Civil Veterinary Dept. North-West Frontier Province 1901-22 - 1901-1922
Year: 1901
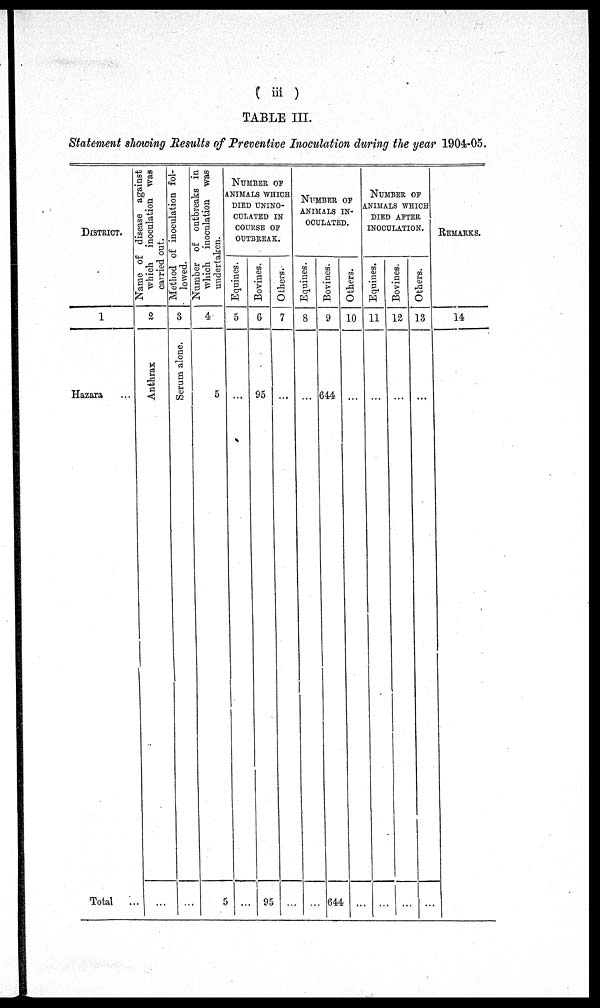
(iii)
TABLE III.
Statement showing Results of Preventive Inoculation during the year 1904-05.
DISTRICT.
1
Hazara ...
Total ...
Name of disease against
which inoculation was
carried out.
2
Anthrax
...
Method of inoculation fol-
lowed.
3
Serum alone.
...
Number of outbreaks in
which inoculation
was
undertaken.
4
5
5
NUMBER OF
ANIMALS WHICH
DIED UNINO-
CULATED IN
COURSE OF
OUTBREAK.
Equines.
5
...
...
Bovines.
6
95
95
Others.
7
...
...
NUMBER OF
ANIMALS IN-
OCULATED.
Equines.
8
...
...
Bovines.
9
644
644
Others.
10
...
...
NUMBER OF
ANIMALS WHICH
DIED AFTER
INOCULATION.
Equines.
11
...
...
Bovines.
12
...
...
Others.
13
...
...
REMARKS.
14